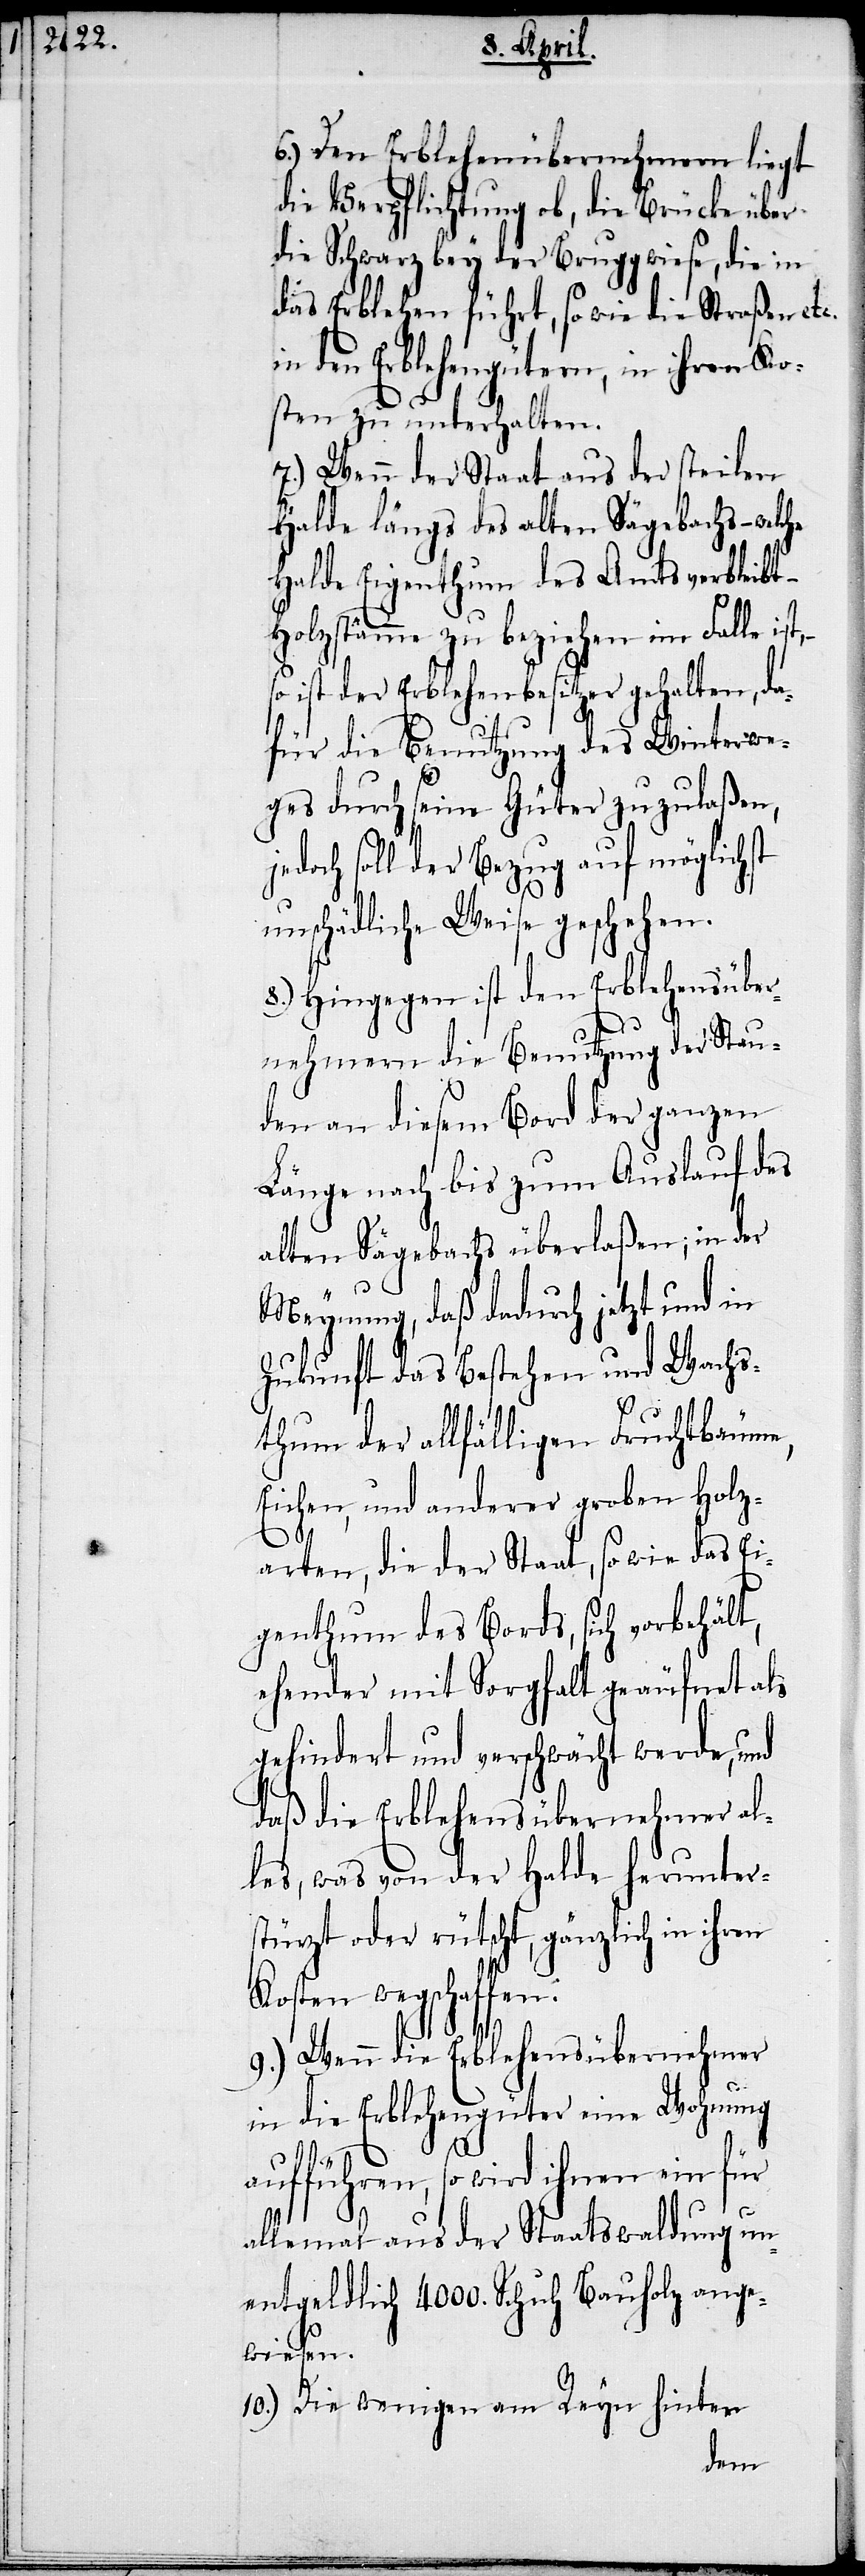
6.) Den Erblehenübernehmern liegt
die Verpflichtung ob, die Brücke über
die Schwarz bey der Bruggwiese, die in
das Erblehen führt, so wie die Straßen etc.
in den Erblehengütern, in ihren Ko¬
sten zu unterhalten.
7.) Wenn der Staat aus der steilen
Halde längs des alten Sägebachs –
Halde Eigenthum des Amts verbleibt –
Holzstämme zu beziehen im Falle i¬
so ist der Erblehenbesitzer gehalten, da¬
für die Benutzung des Winterwe¬
ges durch seine Güter zuzulaßen,
doch soll der Bezug auf möglichst
unschädliche Weise geschehen.
8.) Hingegen ist den Erblehensüber¬
nehmern die Benutzung der Stau¬
den an diesem Bord der ganzen
Länge nach bis zum Auslauf des
alten Sägebachs überlaßen; in der
Meynung, daß dadurch jetzt und in
Zukunft das Bestehen und Wachs¬
thum der allfälligen Fruchtbäume,
Eichen, und anderer groben Holz¬
arten, die der Staat, so wie das Ei¬
genthum des Bords, sich vorbehält,
ehender mit Sorgfalt geäufnet als
gehindert und verschwächt werde, und
daß die Erblehensübernehmer al¬
les, was von der Halde herunter¬
stürzt oder rütscht, gänzlich in ihren
Kosten wegschaffen.
9.) Wenn die Erblehensübernehmer
in die Erblehengüter eine Wohnung
–
je¬
aufführen, so wird ihnen ein für
allemal aus der Staatswaldung un¬
entgeldlich 4000. Schuh Bauholz ange¬
wiesen.
10.) Die wenigen am Reyn hinter